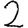
Digit: 2